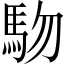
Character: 𱐾